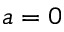
a = 0